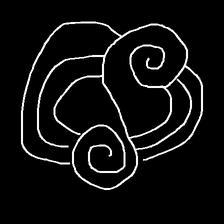
Glyph: wind-underfoot